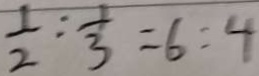
\frac { 1 } { 2 } : \frac { 1 } { 3 } = 6 : 4